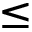
\leq